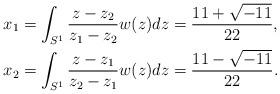
LaTeX: \begin{align*}x_1 &=\int_{S^1} \frac{z-z_2}{z_1-z_2} w(z) dz=\frac{11+\sqrt{-11}}{22}, \\x_2 &=\int_{S^1} \frac{z-z_1}{z_2-z_1} w(z) dz=\frac{11-\sqrt{-11}}{22}.\end{align*}